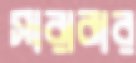
সারাবার